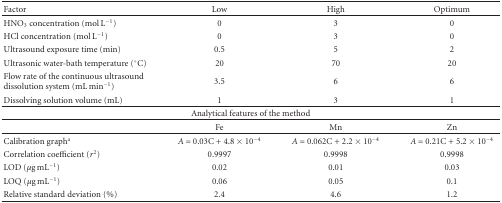
<table><thead><tr><td><b> Factor</b></td><td><b>Low</b></td><td><b>High</b></td><td><b>Optimum</b></td></tr></thead><tbody><tr><td>HNO<sub>3</sub> concentration (mol L<sup>−1</sup>)</td><td>0</td><td>3</td><td>0</td></tr><tr><td>HCl concentration (mol L<sup>−1</sup>)</td><td>0</td><td>3</td><td>0</td></tr><tr><td>Ultrasound exposure time (min)</td><td>0.5</td><td>5</td><td>2</td></tr><tr><td>Ultrasonic water-bath temperature (°C)</td><td>20</td><td>70</td><td>20</td></tr><tr><td>Flow rate of the continuous ultrasound dissolution system (mL min<sup>−1</sup>)</td><td>3.5</td><td>6</td><td>6</td></tr><tr><td>Dissolving solution volume (mL)</td><td>1</td><td>3</td><td>1</td></tr><tr><td colspan="4">Analytical features of the method</td></tr><tr><td></td><td>Fe</td><td>Mn</td><td>Zn</td></tr><tr><td>Calibration graph<sup>a</sup></td><td><i>A</i> = 0.03C + 4.8 × 10<sup>−4</sup></td><td><i>A</i> = 0.062C + 2.2 × 10<sup>−4</sup></td><td><i>A</i> = 0.21C + 5.2 × 10<sup>−4</sup></td></tr><tr><td>Correlation coefficient (<i>r</i><sup>2</sup>)</td><td>0.9997</td><td>0.9998</td><td>0.9998</td></tr><tr><td>LOD (<i>μ</i>g mL<sup>−1</sup>)</td><td>0.02</td><td>0.01</td><td>0.03</td></tr><tr><td>LOQ (<i>μ</i>g mL<sup>−1</sup>)</td><td>0.06</td><td>0.05</td><td>0.1</td></tr><tr><td>Relative standard deviation (%)</td><td>2.4</td><td>4.6</td><td>1.2</td></tr></tbody></table>